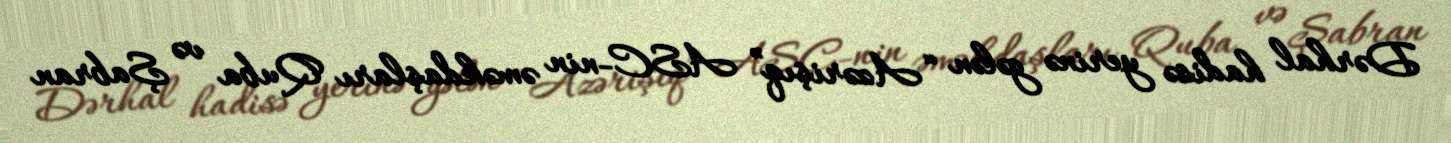
Dərhal hadisə yerinə gələn “Azərişıq” ASC-nin əməkdaşları Quba və Şabran